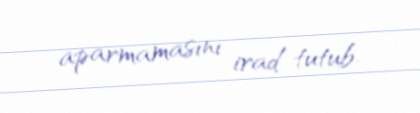
aparmamasını irad tutub.